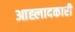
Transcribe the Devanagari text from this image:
आह्लादकारी